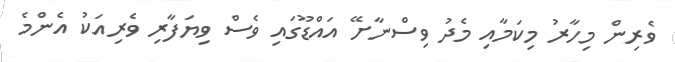
ވެރިން މިހާރު މިކަމާއި މެދު ވިސްނާށޭ އައްޑޫގައި ވެސް ވިޔަފާރި ވެރިއަކު އެންމެ